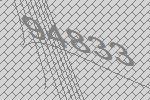
94833